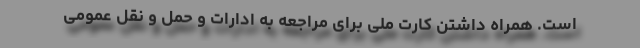
است. همراه داشتن کارت ملی برای مراجعه به ادارات و حمل و نقل عمومی